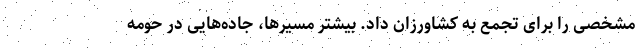
مشخصی را برای تجمع به کشاورزان داد. بیشتر مسیرها، جاده‌هایی در حومه